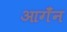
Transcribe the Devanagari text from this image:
आगँन